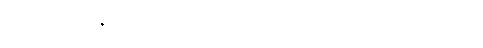
ခင်ဗျား အနည်းဆုံး မေမေ့ကို လိပ်စာ ပြောပြသင့်တယ်။